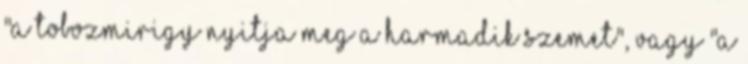
"a tobozmirigy nyitja meg a harmadik szemet", vagy "a